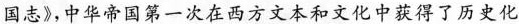
国志》，中华帝国第一次在西方文本和文化中获得了历史化